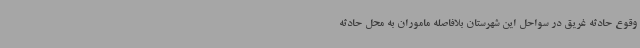
وقوع حادثه غریق در سواحل این شهرستان بلافاصله ماموران به محل حادثه